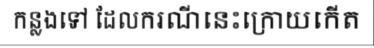
កន្លងទៅ ដែលករណីនេះក្រោយកើត